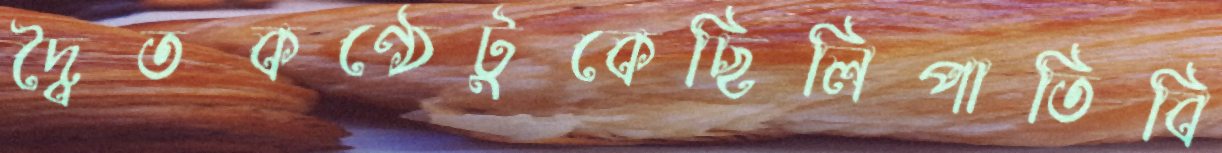
দ্বৈতকণ্ঠেটুকেছিলিপাতিবি